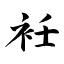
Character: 衽